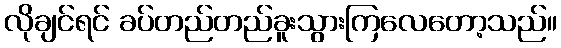
လိုချင်ရင် ခပ်တည်တည်ခူးသွားကြလေတော့သည်။